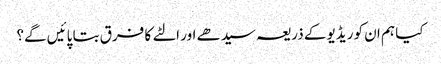
کیا ہم ان کو ریڈیو کے ذریعہ سیدھے اور الٹے کا فرق بتا پائیں گے؟